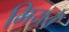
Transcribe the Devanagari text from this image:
मियते